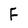
Character: F